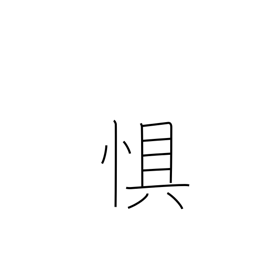
Meaning: dread